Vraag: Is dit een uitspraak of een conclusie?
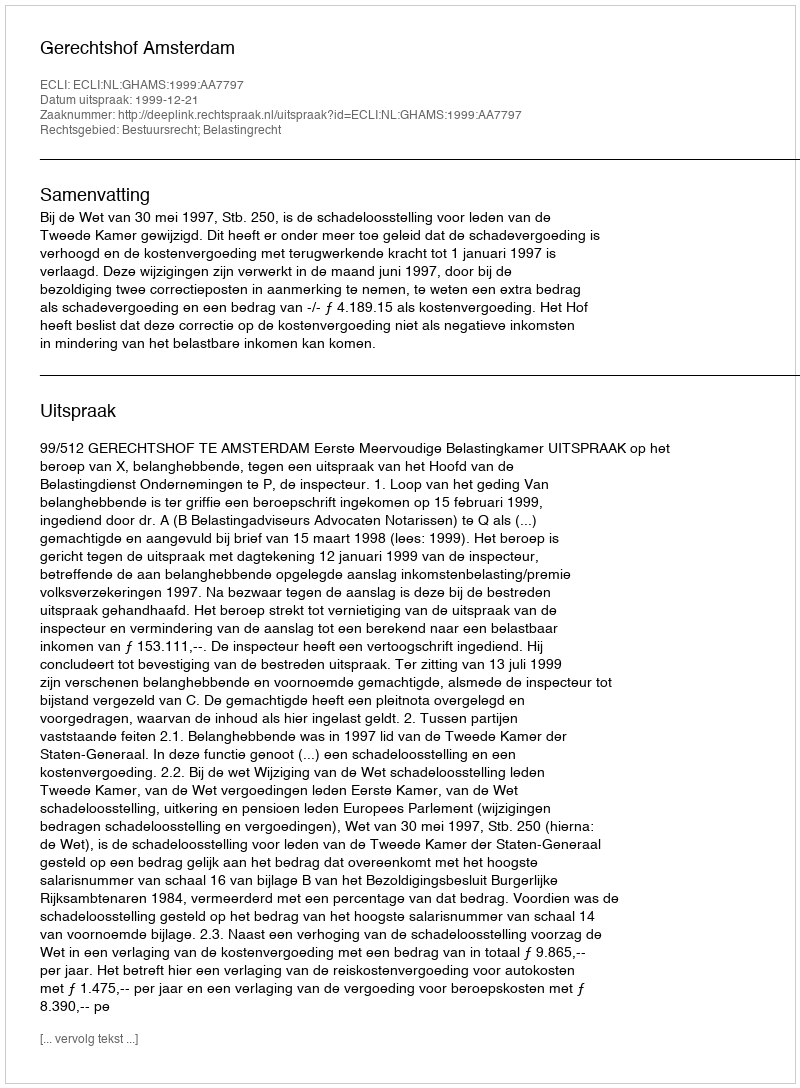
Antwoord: Uitspraak